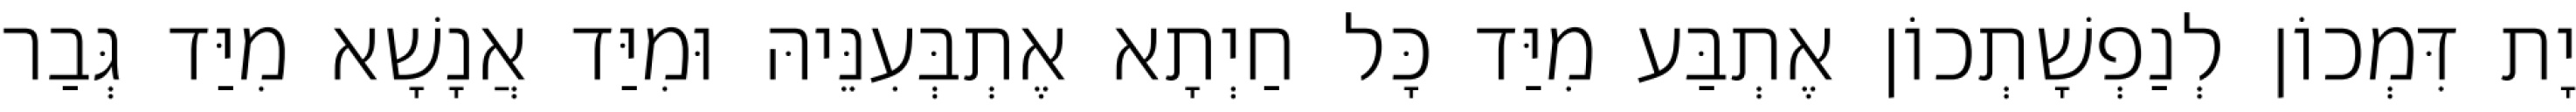
יָת דִּמְכוֹן לְנַפְשָׁתְכוֹן אֶתְבַּע מִיַּד כָּל חַיְתָא אֶתְבְּעִנֵּיהּ וּמִיַּד אֲנָשָׁא מִיַּד גְּבַר